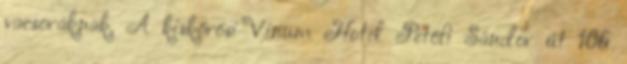
vacsoráknak. A kiskőrösi Vinum Hotel Petőfi Sándor út 106